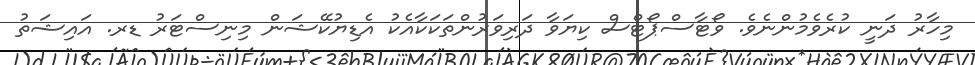
މިހާރު ދަނީ ކުރެވެމުންނެވެ. ވޯޓާސްޕޯޓްސް ކިޔަވާ ދަރިވަރުންތަކަކާއެކު އެޑިޔުކޭޝަން މިނިސްޓަރު ޑރ. އައިޝަތު